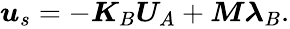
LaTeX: \begin{array}{r}{\boldsymbol{u}_{s}=-\boldsymbol{K}_{B}\boldsymbol{U}_{A}+\boldsymbol{M}\boldsymbol{\lambda}_{B}.}\end{array}